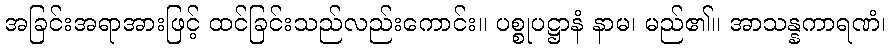
အခြင်းအရာအားဖြင့် ထင်ခြင်းသည်လည်းကောင်း။ ပစ္စုပဋ္ဌာနံ နာမ၊ မည်၏။ အာသန္နကာရဏံ၊